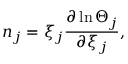
n _ { j } = \xi _ { j } \frac { \partial \ln \Theta _ { j } } { \partial { { \xi } _ { j } } } ,